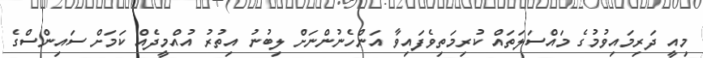
މިއީ ދަރިމައިވުމުގެ މައްސަލަތައް ކުރިމަތިވެފައިވާ އަންހެނުންނަށް ލިބުނު އިތުރު އުއްމީދެއް ކަމަށް ސައިންސްގެ